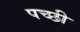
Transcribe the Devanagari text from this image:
पच्‍छी